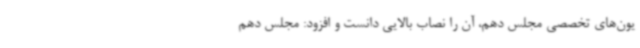
یون‌های تخصصی مجلس دهم، آن را نصاب بالایی دانست و افزود: مجلس دهم